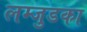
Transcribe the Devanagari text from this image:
लम्जुडका